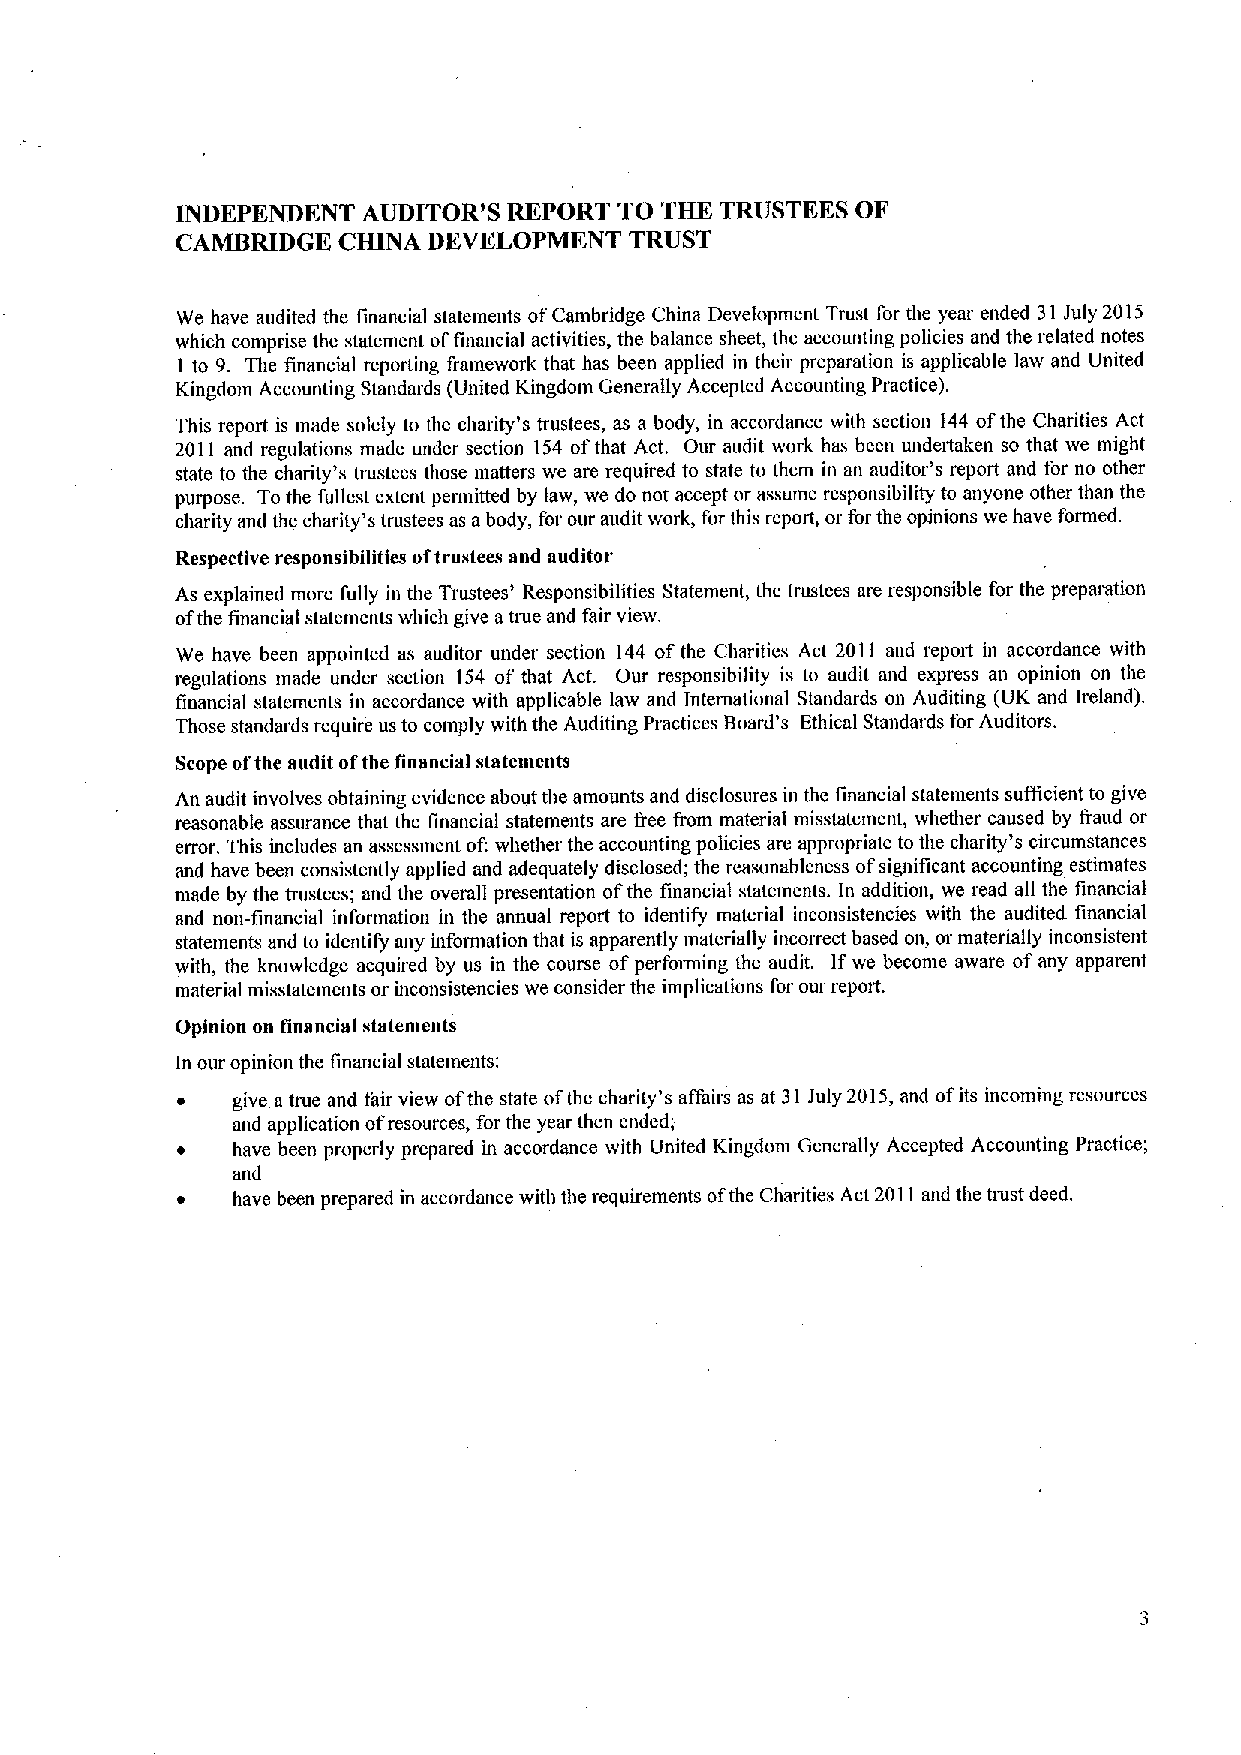
INDEPENDENT AUDITOR'S REPORT TO THK TRUSTEES OF
 CAMBRIDGE CHINA DEVELOPMENT   TRUST
 We have audited the financial statements ofCambridge China Development Trust for the year ended 31 July 2015
 which comprise the statement offinancial activities, the balance sheet, the accounting policies and the related notes
 I to 9. The financial reporting framework that has been applied in their preparation is applicable law and United
 Kingdom Accounting Standards (United Kingdom Generally Accepted Accounting Practice).
 This report is made solely to the charity's trustees, as a body, in accordance with section 144 ofthe Charities Act
 2011 and regulations made under section 154 ofthat Act. Our audit work has been undertaken so that we might
 state to the charity's tiustees those matters we are required to state to them in an auditor's report and for no other
 purpose. Tothe fullest extent permitted by law, we do not accept or assume responsibility to anyone other than the
 charity and the charity's trustees as abody, for our audit work, for this report, or for the opinions we have formed.
 Respective responsibilities oftrustees and auditor
 As explained more fully in the Trustees' Responsibilities Statement, the trustees are responsible for the prepamtion
 ofthe financial statements which give a tme and fair view.
 We have been appointed as auditor under section 144 ofthe Charities Act 2011 and report in accordance with
 regulations made under section 154 of that Act. Our responsibility is to audit and express an opinion on the
 financial statements in accordance with applicable law and International Standards on Auditing (UK and Ireland).
 Those standards require us to comply with the Auditing Practices IJoard's Ethical Standards for Auditors.
 Scope ofthe audit ofthe financial statemeuts
 An audit involves obtaining evidence about the amounts and disclosures in the financial statenients suiftcient to give
 reasonable assurance that the financial statements are free from material misstatement, whether caused by fraud or
 error. This includes an assessment of:whether the accounting policies are appropriate to the charity's circumstances
 and have been consistently applied and adequately disclosed; the reasonableness ofsignificant accounting estiniates
 niade by the trustees; and the overall presentation ofthe financial statements. In addition, we read all the financial
 and non-financial information in the annual report to identify material inconsistencies with the audited financial
 statements and to identify any information that is apparently materially incorrect based on, or materially inconsistent
 with, the knowledge acquired by us in the course ofperfoiming the audit. Ifwe become aware ofany apparent
 material misstatements or inconsistencies we consider the implications for our report.
 Opinion on financial statenie»ts
 In our opinion the financial statements:
 give a true and fair view ofthe state ofthe charity's affairs as at 31 July 2015,and ofits incoming resources
 and application ofresources, for the year then ended;
 have been properly prepared in accordance with United Kingdom Generally Accepted Accounting Practice;
 and
 have been prepared in accordance with the requirements ofthe Charities Act 2011 and the trust deed.